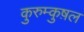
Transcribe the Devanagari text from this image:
कुरुम्कुष़ल